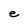
Character: e